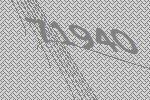
71940